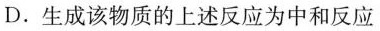
D.生成该物质的上述反应为中和反应